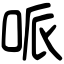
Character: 哌